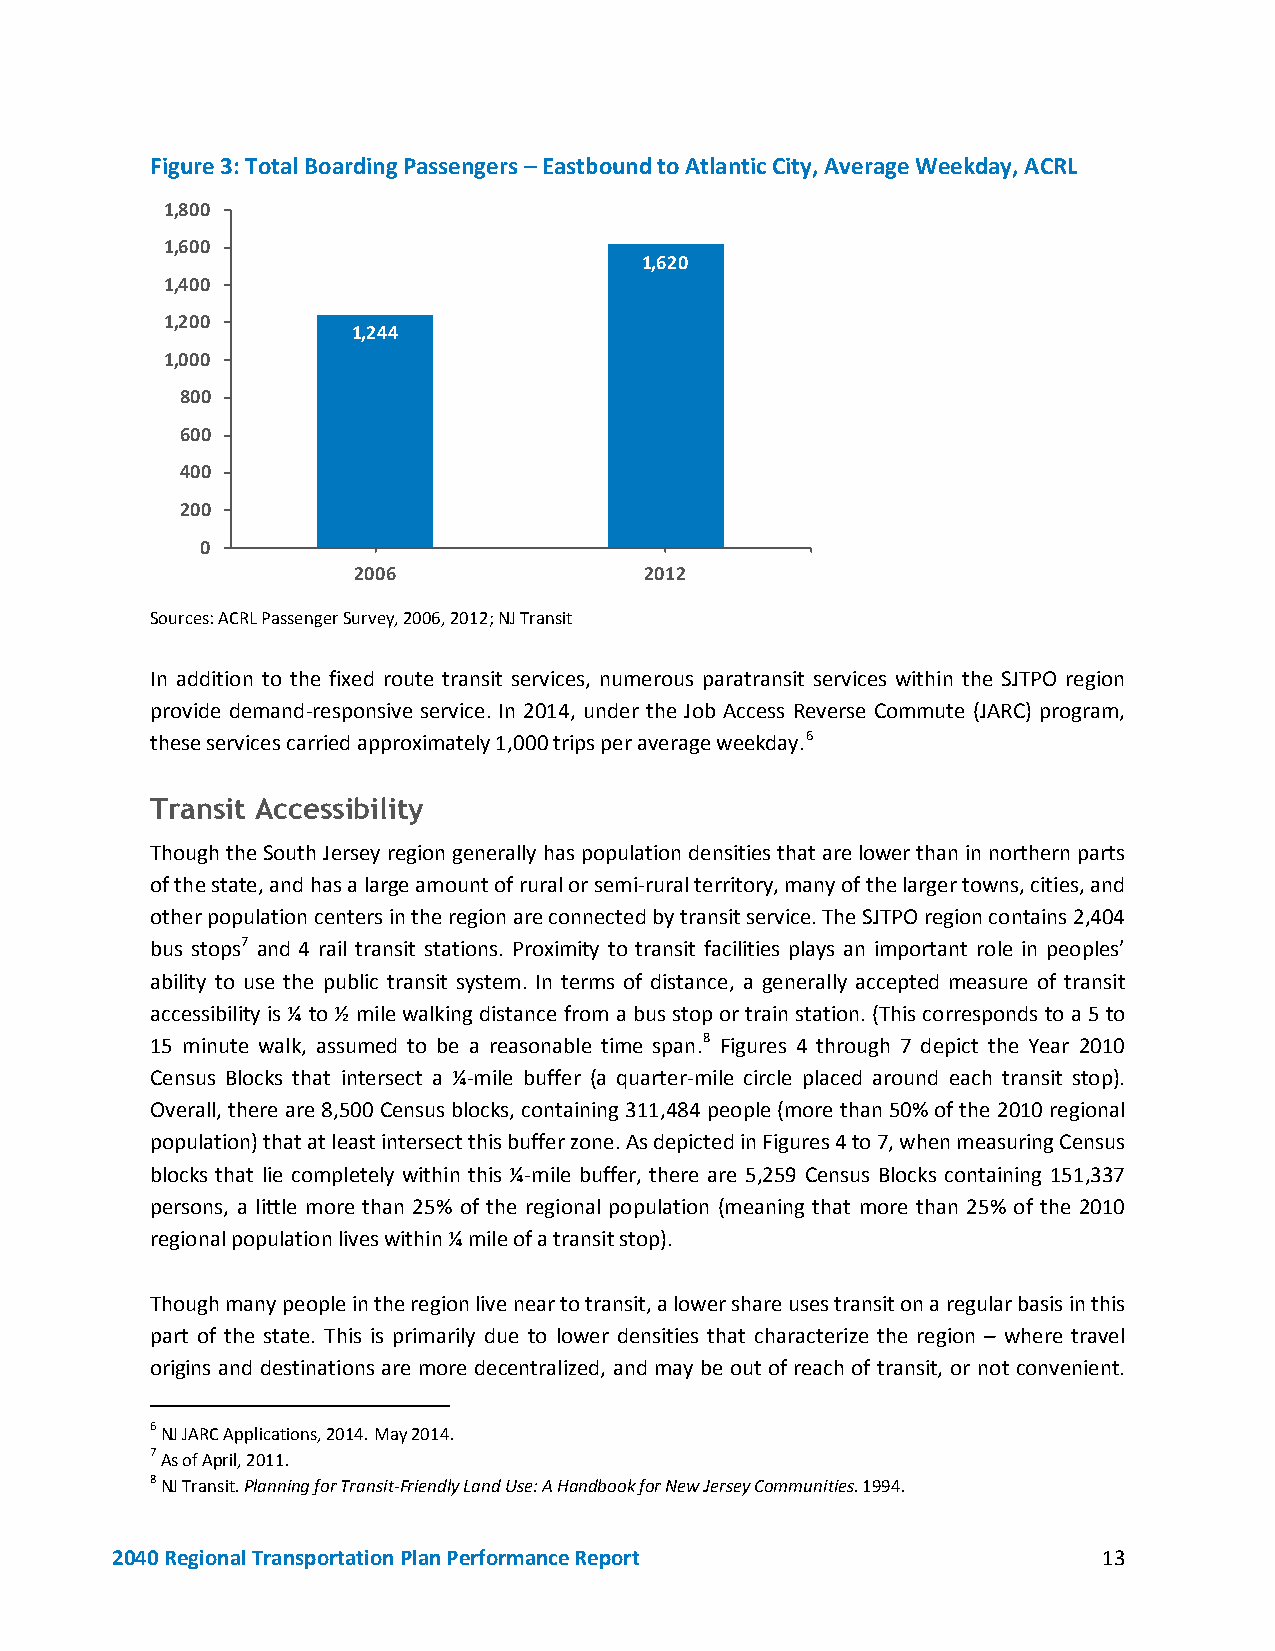
Figure 3: Total Boarding Passengers – Eastbound to Atlantic City, Average Weekday, ACRL
 1,800
 1,600
 1,620
 1,400
 1,200
 1,244
 1,000
 800
 600
 400
 200
 0
 2006                2012
 Sources: ACRL Passenger Survey, 2006, 2012; NJ Transit
 In addition to the fixed route transit services, numerous paratransit services within the SJTPO region
 provide demand-responsive service. In 2014, under the Job Access Reverse Commute (JARC) program,
 these services carried approximately 1,000 trips per average weekday.6
 Transit Accessibility
 Though the South Jersey region generally has population densities that are lower than in northern parts
 of the state, and has a large amount of rural or semi-rural territory, many of the larger towns, cities, and
 other population centers in the region are connected by transit service. The SJTPO region contains 2,404
 bus stops7 and 4 rail transit stations. Proximity to transit facilities plays an important role in peoples’
 ability to use the public transit system. In terms of distance, a generally accepted measure of transit
 accessibility is ¼ to ½ mile walking distance from a bus stop or train station. (This corresponds to a 5 to
 15 minute walk, assumed to be a reasonable time span.8 Figures 4 through 7 depict the Year 2010
 Census Blocks that intersect a ¼-mile buffer (a quarter-mile circle placed around each transit stop).
 Overall, there are 8,500 Census blocks, containing 311,484 people (more than 50% of the 2010 regional
 population) that at least intersect this buffer zone. As depicted in Figures 4 to 7, when measuring Census
 blocks that lie completely within this ¼-mile buffer, there are 5,259 Census Blocks containing 151,337
 persons, a little more than 25% of the regional population (meaning that more than 25% of the 2010
 regional population lives within ¼ mile of a transit stop).
 Though many people in the region live near to transit, a lower share uses transit on a regular basis in this
 part of the state. This is primarily due to lower densities that characterize the region – where travel
 origins and destinations are more decentralized, and may be out of reach of transit, or not convenient.
 6 NJ JARC Applications, 2014. May 2014.
 7 As of April, 2011.
 8 NJ Transit. Planning for Transit-Friendly Land Use: A Handbook for New Jersey Communities. 1994.
 2040 Regional Transportation Plan Performance Report              13